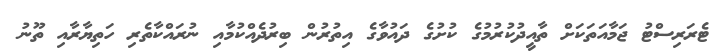
ޓެރަރިސްޓު ޖަމާއަތަކަށް ތާއީދުކުރުމުގެ ކުށުގެ ދައުވާގެ އިތުރުން ބިރުދެއްކުމާއި ނުރައްކާތެރި ހަތިޔާރާއި ތޫނު